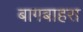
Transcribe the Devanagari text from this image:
बागबाहरा